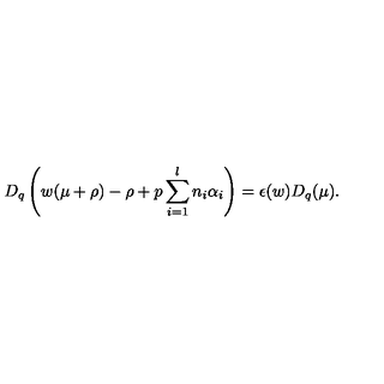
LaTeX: D _ { q } \left( w ( \mu + \rho ) - \rho + p \sum _ { i = 1 } ^ { l } n _ { i } \alpha _ { i } \right) = \epsilon ( w ) D _ { q } ( \mu ) .